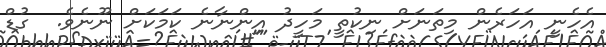
އެހެނީ އަހަރެން މިތަނަށް ނިކުތީ މަހީދު އިންނާނެ ކަމަކަށް ނޫނެވެ.  ގުޑް